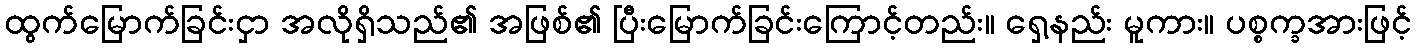
ထွက်မြောက်ခြင်းငှာ အလိုရှိသည်၏ အဖြစ်၏ ပြီးမြောက်ခြင်းကြောင့်တည်း။ ရှေ့နည်း မူကား။ ပစ္စက္ခအားဖြင့်